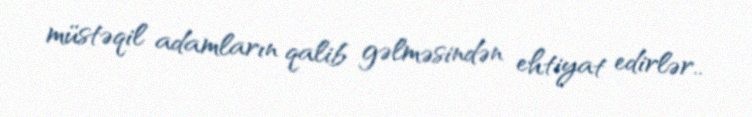
müstəqil adamların qalib gəlməsindən ehtiyat edirlər..